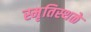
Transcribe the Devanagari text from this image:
स्मृतिस्थळे